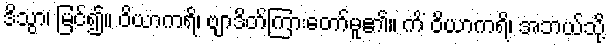
ဒိသွာ၊ မြင်၍။ ဝိယာကရိ၊ ဗျာဒိတ်ကြားတော်မူ၏။ ကိံ ဝိယာကရိ၊ အဘယ်သို့